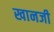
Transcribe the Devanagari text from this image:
खानजी